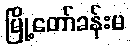
မြို့တော်ခန်းမ